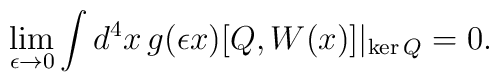
\lim_{\epsilon\to 0}\int d^4x\,g(\epsilon x)[Q,W(x)]\vert_{\mathrm{ker}\,Q}=0.